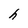
Character: h